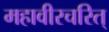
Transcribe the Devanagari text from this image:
महावीरचरित्